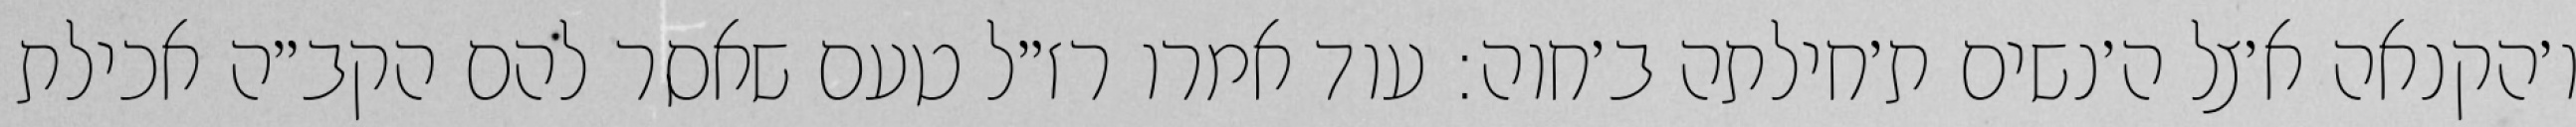
ו׳הקנאה א׳צל ה׳נשים ת׳חילתה ב׳חוה: עוד אמרו רז״ל טעם שאסר להם הקב״ה אכילת